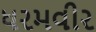
ધરમવીર